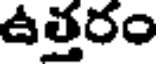
ఉత్తరం